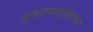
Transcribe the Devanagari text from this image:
शुक्लयजुर्वेदतथा